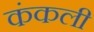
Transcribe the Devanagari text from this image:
कंकली